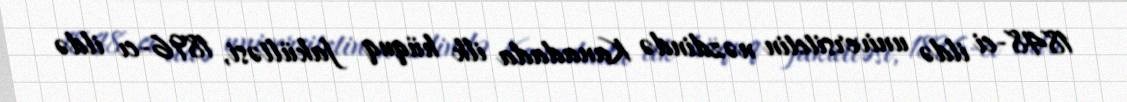
1848-ci ildə universitetin nəzdində Kanadada ilk hüquq fakültəsi, 1896-cı ildə